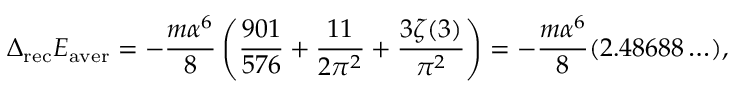
\Delta _ { \mathrm { r e c } } E _ { \mathrm { a v e r } } = - \frac { m \alpha ^ { 6 } } { 8 } \left( \frac { 9 0 1 } { 5 7 6 } + \frac { 1 1 } { 2 \pi ^ { 2 } } + \frac { 3 \zeta ( 3 ) } { \pi ^ { 2 } } \right) = - \frac { m \alpha ^ { 6 } } { 8 } ( 2 . 4 8 6 8 8 \ldots ) ,